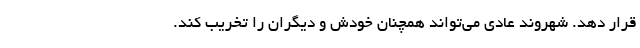
قرار دهد. شهروند عادی می‌تواند همچنان خودش و دیگران را تخریب کند.